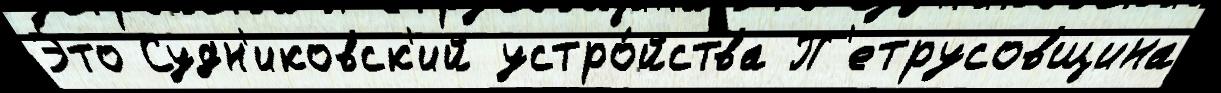
Э́то Судн'иковск'ий устро́йства П'етрусовщина